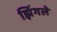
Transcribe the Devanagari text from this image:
झिंगले